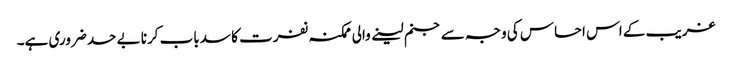
غریب کے اس احساس کی وجہ سے جنم لینے والی ممکنہ نفرت کا سدباب کرنا بے حد ضروری ہے۔